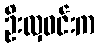
ဦးလှဝင်းက